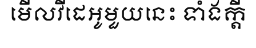
មើលវីដេអូមួយនេះ ទាំងក្តី